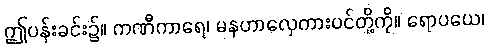
ဤပန်းခင်း၌။ ကဏီကာရေ၊ မနဟာလှေကားပင်တို့ကို။ ရောပယေ၊